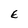
Character: E